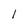
Character: l